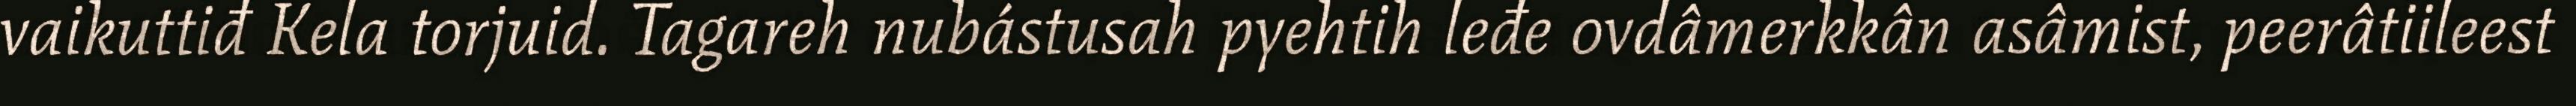
vaikuttiđ Kela torjuid. Tagareh nubástusah pyehtih leđe ovdâmerkkân asâmist, peerâtiileest